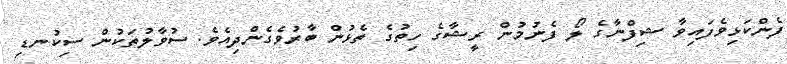
ފެންކަޅިވެެފައިވާ ޝިފްނާގެ ލޯޯ ފެނުމުން ރީޝާގެ ހިތުުގެ ތެޅުން ބާރުވެގެންދިއެވެ. ސުވާލުތަކުން ސިކުނޑި